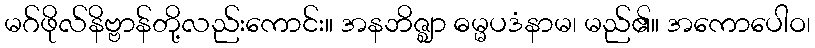
မဂ်ဖိုလ်နိဗ္ဗာန်တို့လည်းကောင်း။ အနဘိဇ္ဈာ ဓမ္မပဒံနာမ၊ မည်၏။ အကောပေါဝ၊